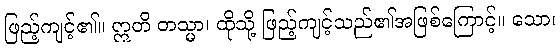
ဖြည့်ကျင့်၏။ ဣတိ တသ္မာ၊ ထိုသို့ ဖြည့်ကျင့်သည်၏အဖြစ်ကြောင့်။ သော၊